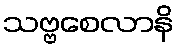
သဗ္ဗစေလာနိ